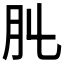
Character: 𦘳